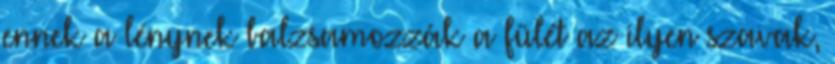
ennek a lénynek balzsamozzák a fülét az ilyen szavak,